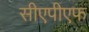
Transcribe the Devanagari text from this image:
सीएपीएफ